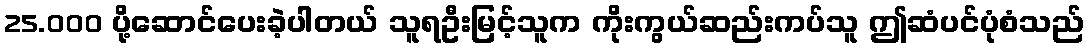
25.000 ပို့ဆောင်ပေးခဲ့ပါတယ် သူရဦးမြင့်သူက ကိုးကွယ်ဆည်းကပ်သူ ဤဆံပင်ပုံစံသည်